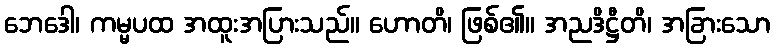
ဘေဒေါ၊ ကမ္မပထ အထူးအပြားသည်။ ဟောတိ၊ ဖြစ်၏။ အညဒိဋ္ဌီတိ၊ အခြားသော